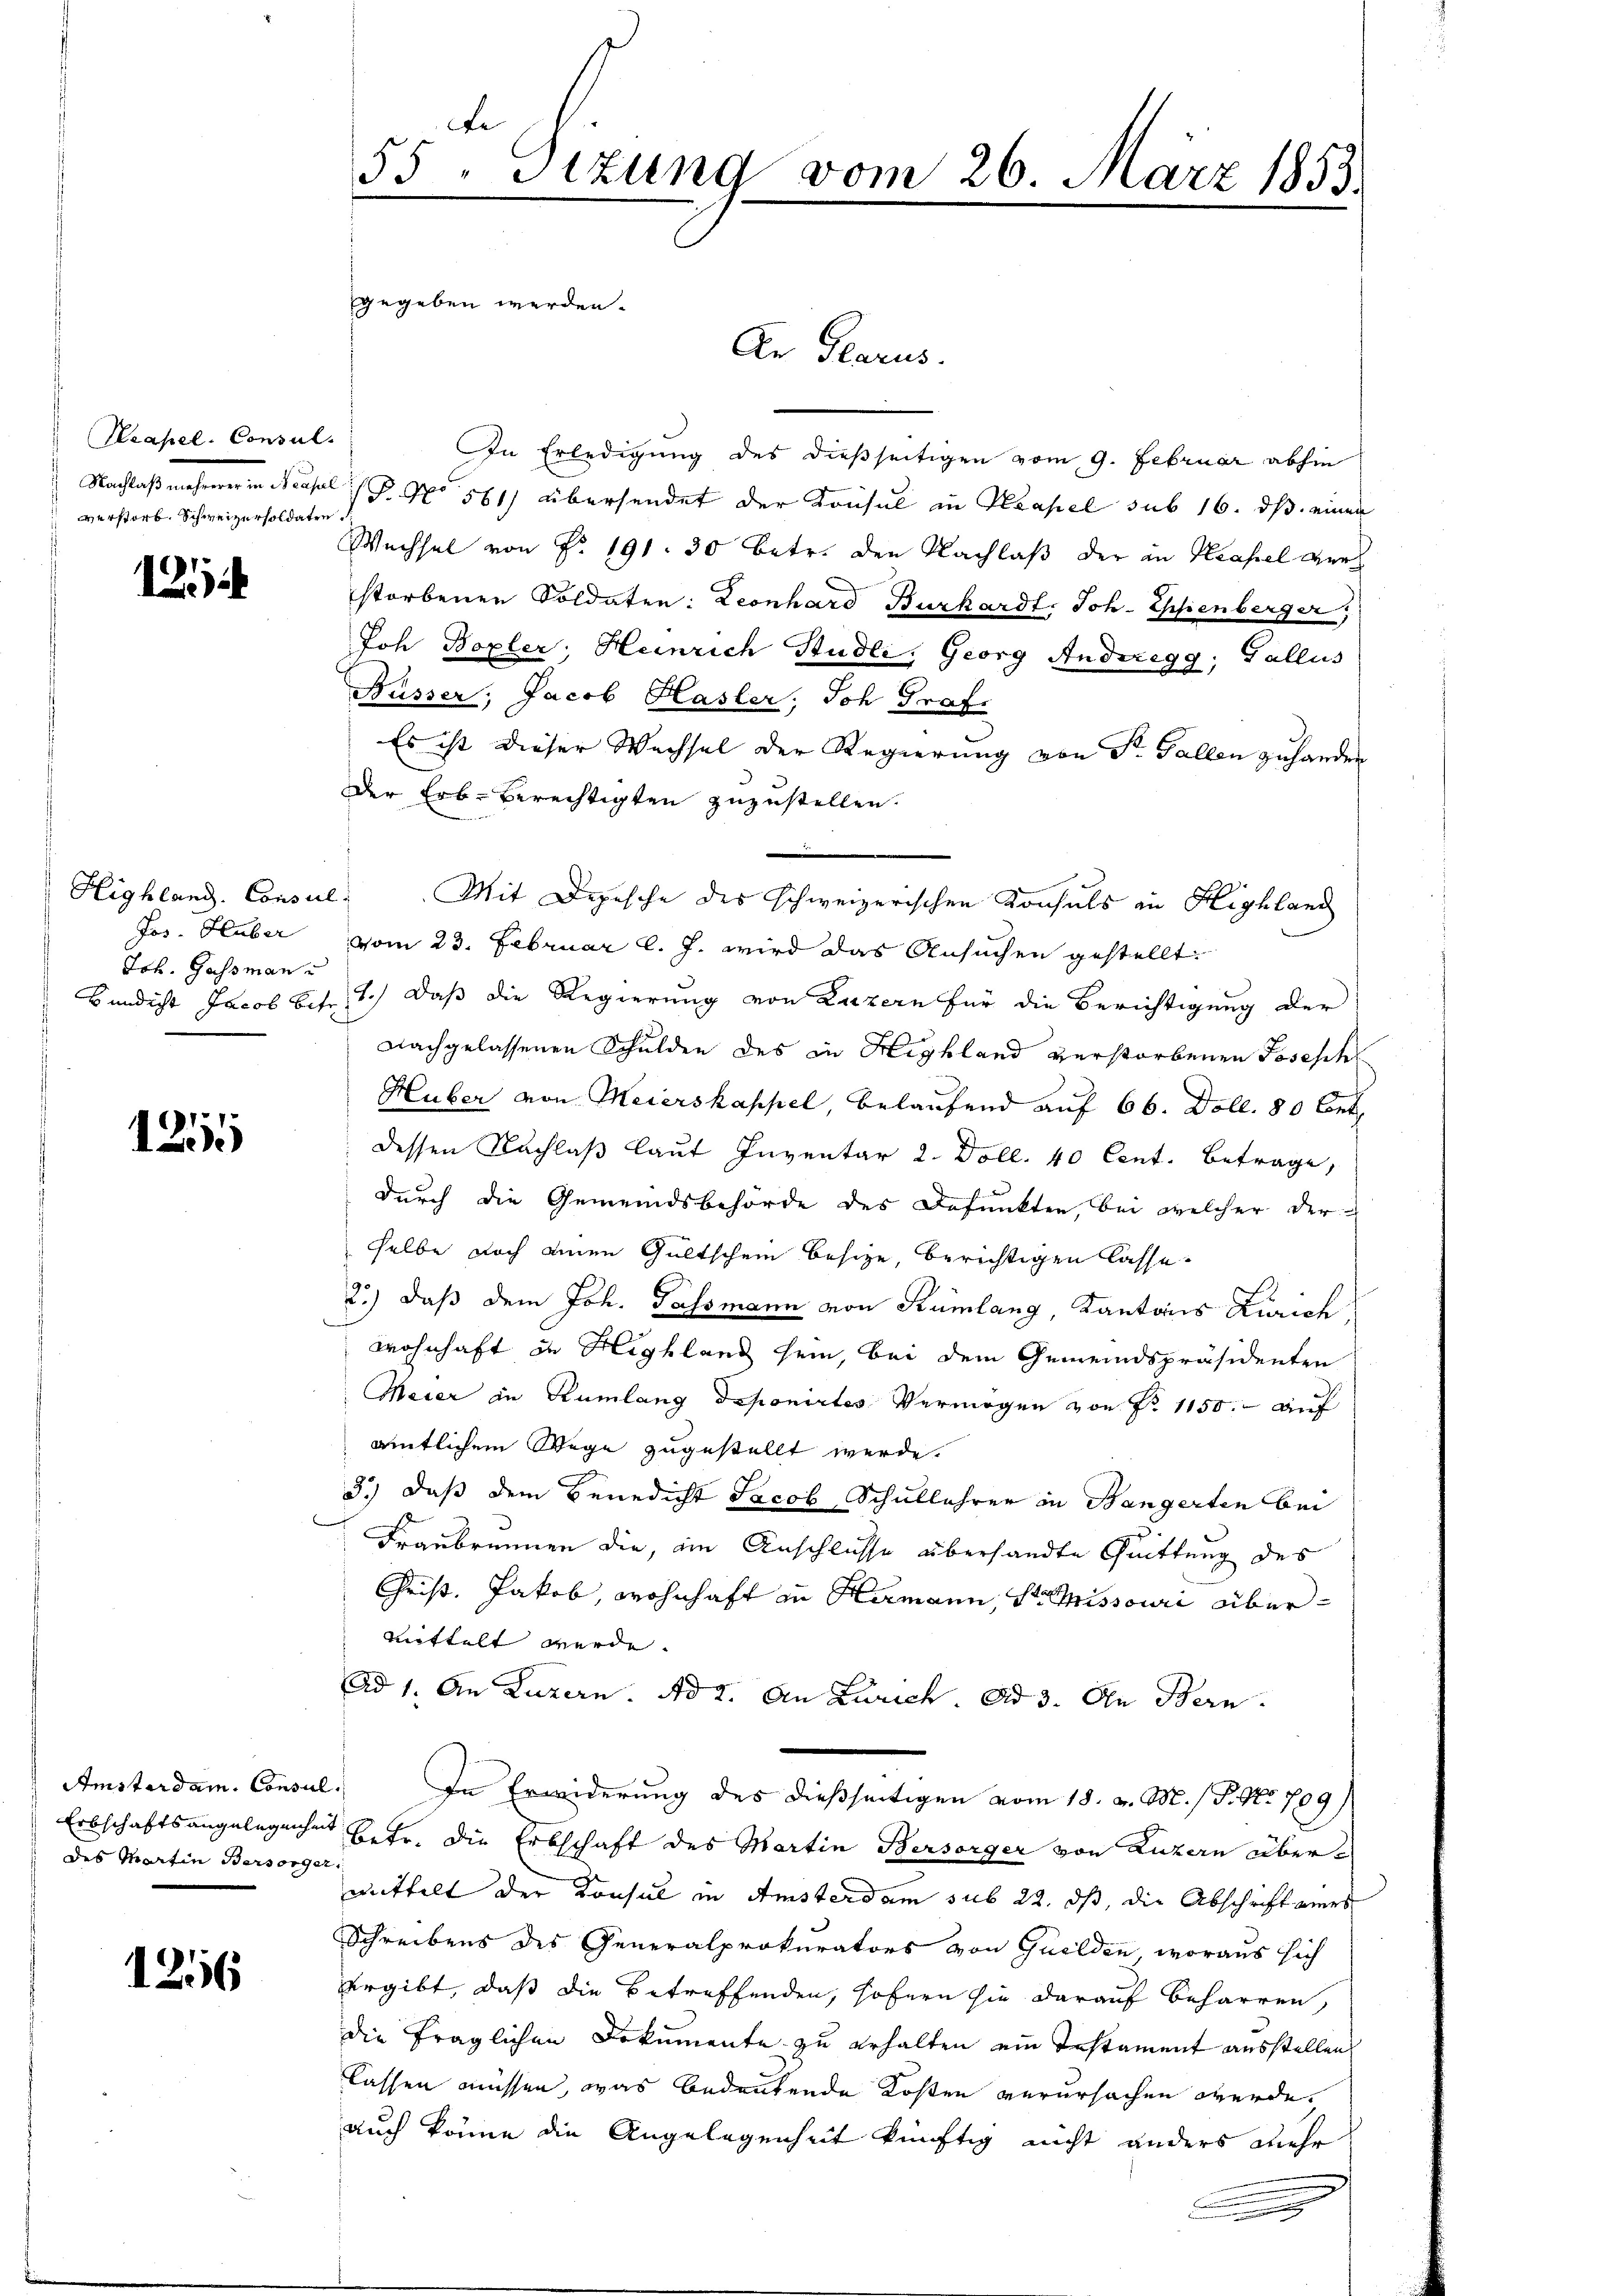
Keapel. Consul
Wechsten seinen diese
verstorb. Schweizersoldaten

121

Highland. Consul
Jos. Huber
Joh. Gassman u

1251

Amsterdam. Consuldes Martin Bersorger,

1256

In Erledigung des dießseitigen vom 9. Februar abhin
P. No 561) übersendet der Konsul in Pleapel sub 16. ds. einen
Wechsel von No. 191. 30 Betr. den Nachlaß der in Krassel ger
storbenen Soldaten: Leonhard Burkardt. Joh-Esienberger
Joh Boxler; Heinrich Studli, Georg Andregg, Gallus
Nüsser, Jacob Hasler, Joh Graf.
Es ist dieser Wechsel der Regierung von Sr. Gallen zuhander
Der Erb-Berechtigten zuzustellen.
" Bindicht Jacob bis 1.) Daß die Regierung von Luzern für die Berichtigung der
nachgelassenen Schulden des in Highland verstorbenen Joseph
Huber von Meierskappel, belaufend auf 66. Doll. 80 bet
dessen Nachlaß laut Inventar 2. Doll. 40 Cent. Betrage,
durch die Gemeindsbehörde des Defunkten, bei welcher der
selbe noch einen Gültschein besize, berichtigen lasse.
2.) daß dem Joh. Gassmann von Rümlang, Kantons Zürich
Wohnhaft in Highland sein, bei dem Gemeindspräsidenten
Meier in Rümlang deponirtes Vermögen von No 1150. auf
amtlichem Wege zugestellt werde.
3.) Daß dem Benedicht Jacob Schullehrer in Bangerten bei
Fraubrunnen die, im Anschlüsse übersandte Quittung des
Christ. Jakob, wohnhaft in Hamann, der Missouri übermittelt werde.
Ad 1. An Luzern. Ad 2. An Zürich. ad 3. An Bern.
In Erwiderung des dießseitigen vom 18. v. M. / P. Nr. 709)
Erbschaftsangelegenen betr. die Erbschaft des Martin Bersorger von Luzern übermittelt der Konsul in Amsterdam sub 22. ds, die Abschrift ers
Schreibens des Generalprokurators von Guilden, woraus sich
vergibt, daß die betreffenden, sofern sie darauf beharren,
die fraglichen Dokumente zu erhalten ein Instament ausstellen
lassen müssen, was bedeutende Kosten verursachen werde,
auch könne die Angelegenheit künftig nicht anders mehr

55 " Sizung vom 26. März 1853.
gegeben werden.

An Glarus.

Mit Depesche des schweizerischen Konsuls in Highland
vom 23. Februar l. J. wird das Ansuchen gestellt.